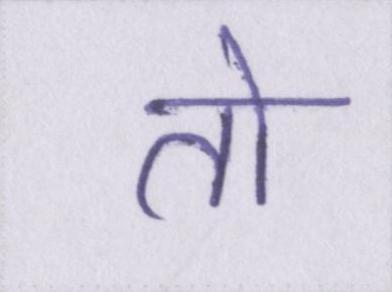
तो